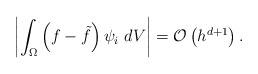
LaTeX: \begin{align*}\left\vert \int_{\Omega}\left(f-\tilde{f}\right)\psi_{i}\ dV\right\vert =\mathbb{\mathcal{O}}\left(h^{d+1}\right).\end{align*}